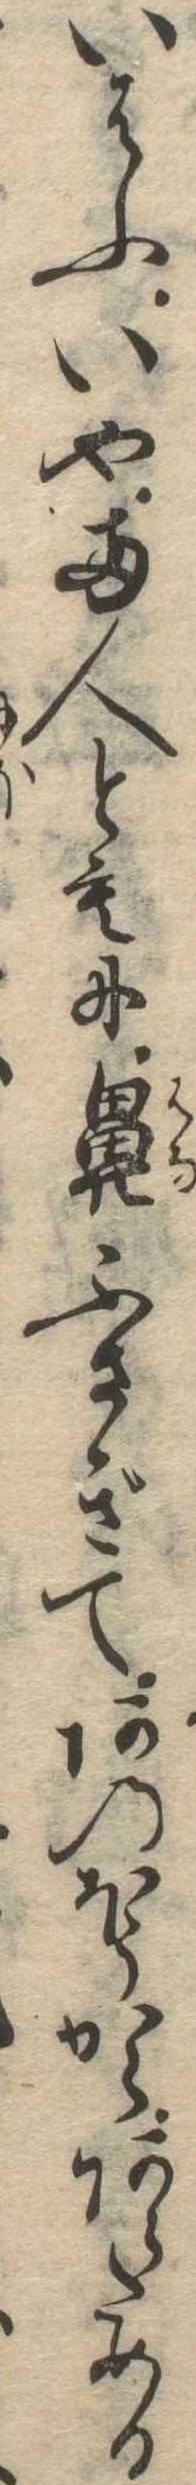
いはふいや両人ともに鼻ふさぎてあのほうからあらためる